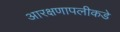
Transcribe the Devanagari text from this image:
आरक्षणापलीकडे